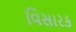
વિસારક